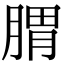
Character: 𦝩